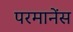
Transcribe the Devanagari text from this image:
परमानेंस